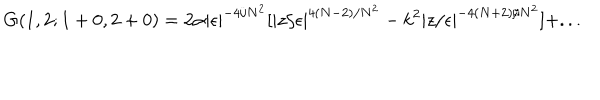
LaTeX: G ( 1 , 2 ; 1 + 0 , 2 + 0 ) = 2 \alpha | \epsilon | ^ { - 4 / N ^ { 2 } } [ | z / \epsilon | ^ { 4 ( N - 2 ) / N ^ { 2 } } - k ^ { 2 } | z / \epsilon | ^ { - 4 ( N + 2 ) / N ^ { 2 } } ] + . . .